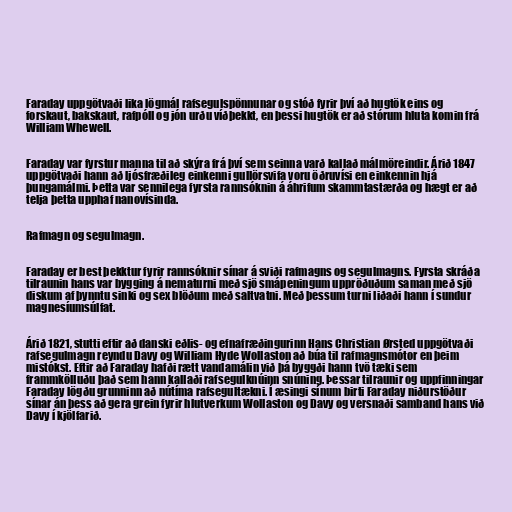
Faraday uppgötvaði lika lögmál rafsegulspönnunar og stóð fyrir því að hugtök eins og
forskaut, bakskaut, rafpóll og jón urðu víðþekkt, en þessi hugtök er að stórum hluta komin frá
William Whewell.

Faraday var fyrstur manna til að skýra frá því sem seinna varð kallað málmöreindir. Árið 1847
uppgötvaði hann að ljósfræðileg einkenni gullörsvifa voru öðruvísi en einkennin hjá
þungamálmi. Þetta var sennilega fyrsta rannsóknin á áhrifum skammtastærða og hægt er að
telja þetta upphaf nanovísinda.

Rafmagn og segulmagn.

Faraday er best þekktur fyrir rannsóknir sínar á sviði rafmagns og segulmagns. Fyrsta skráða
tilraunin hans var bygging á nematurni með sjö smápeningum uppröðuðum saman með sjö
diskum af þynntu sinki og sex blöðum með saltvatni. Með þessum turni liðaði hann í sundur
magnesíumsúlfat.

Árið 1821, stutti eftir að danski eðlis- og efnafræðingurinn Hans Christian Ørsted uppgötvaði
rafsegulmagn reyndu Davy og William Hyde Wollaston að búa til rafmagnsmótor en þeim
mistókst. Eftir að Faraday hafði rætt vandamálin við þá byggði hann tvö tæki sem
frammkölluðu það sem hann kallaði rafsegulknúinn snúning. Þessar tilraunir og uppfinningar
Faraday lögðu grunninn að nútíma rafsegultækni. Í æsingi sínum birti Faraday niðurstöður
sínar án þess að gera grein fyrir hlutverkum Wollaston og Davy og versnaði samband hans við
Davy í kjölfarið.